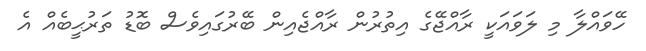
ހޭވައްލާ މި ލަވައަކީ ރާއްޖޭގެ އިތުރުން ރާއްޖެއިން ބޭރުގައިވެސް ބޮޑު ތަރުޙީބެއް އެ